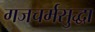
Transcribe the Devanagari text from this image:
गजचर्मसुद्धा